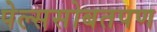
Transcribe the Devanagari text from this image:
पेल्ससोबतपण